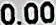
0.00